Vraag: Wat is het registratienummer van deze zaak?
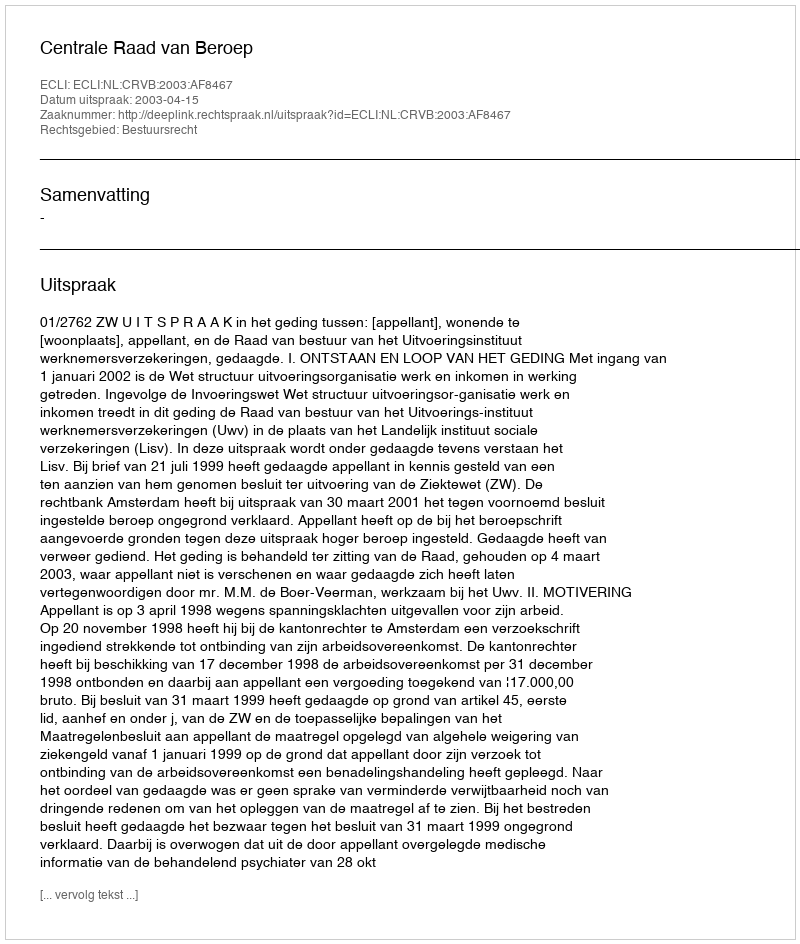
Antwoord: http://deeplink.rechtspraak.nl/uitspraak?id=ECLI:NL:CRVB:2003:AF8467